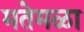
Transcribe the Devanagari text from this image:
मतेमळा